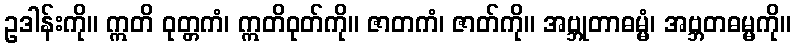
ဥဒါန်းကို။ ဣတိ ဝုတ္တကံ၊ ဣတိဝုတ်ကို။ ဇာတကံ၊ ဇာတ်ကို။ အဗ္ဘုတာဓမ္မံ၊ အဗ္ဘတဓမ္မကို။